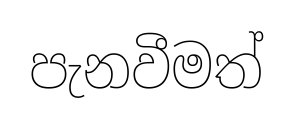
පැනවීමත්